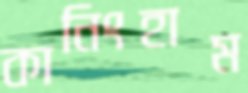
কানিংহাম